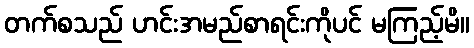
တက်စသည် ဟင်းအမည်စာရင်းကိုပင် မကြည့်မိ။